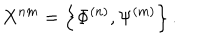
X ^ { n m } = \left\{ \Phi ^ { ( n ) } , \Psi ^ { ( m ) } \right\} .